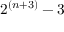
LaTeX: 2 ^ { ( n + 3 ) } - 3